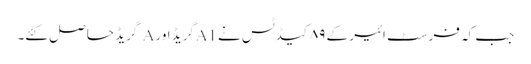
جب کہ فرسٹ ائیر کے ۸۹کیڈٹس نے A1گریڈ اور A گریڈ حاصل کئے۔